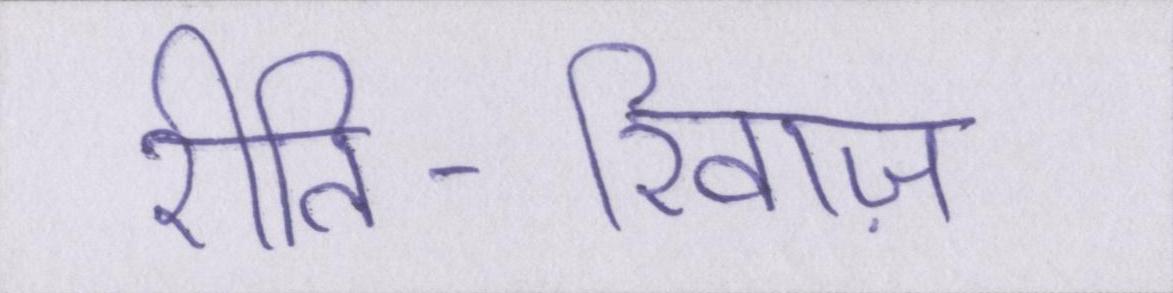
रीति-रिवाज़